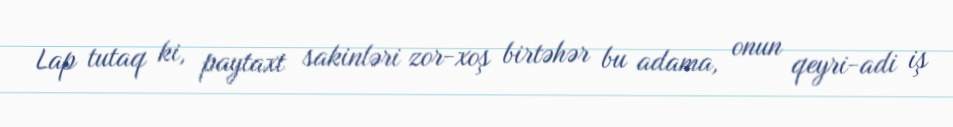
Lap tutaq ki, paytaxt sakinləri zor-xoş birtəhər bu adama, onun qeyri-adi iş